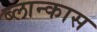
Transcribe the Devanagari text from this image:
ब्लान्कास